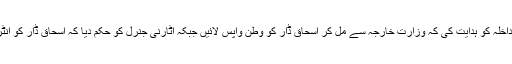
چیف جسٹس نے سیکرٹری وزارت داخلہ کو ہدایت کی کہ وزارت خارجہ سے مل کر اسحاق ڈار کو وطن واپس لائیں جبکہ اٹارنی جنرل کو حکم دیا کہ اسحاق ڈار کو انٹر پول کے ذریعے واپس لایا جائے ۔